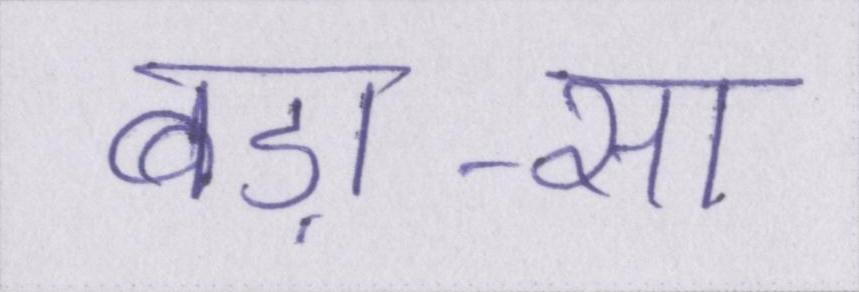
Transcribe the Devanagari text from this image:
बड़ा-सा